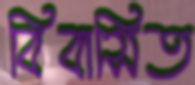
বিবাসিত